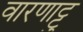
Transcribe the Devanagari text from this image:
वारणाट्टु